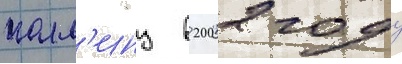
колл'инз в 2002 году